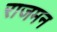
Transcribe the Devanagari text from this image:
राजमन